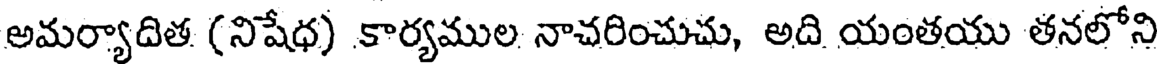
అమర్యాదిత (నిషేధ) కార్యముల నాచరించుచు, అది యంతయు తనలోని